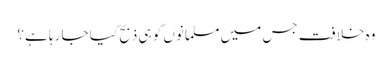
وہ خلافت جس میں مسلمانوں کو ہی ذبح کیا جا رہا ہے؟